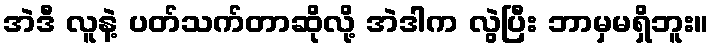
အဲဒီ လူနဲ့ ပတ်သက်တာဆိုလို့ အဲဒါက လွဲပြီး ဘာမှမရှိဘူး။